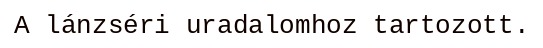
A lánzséri uradalomhoz tartozott.